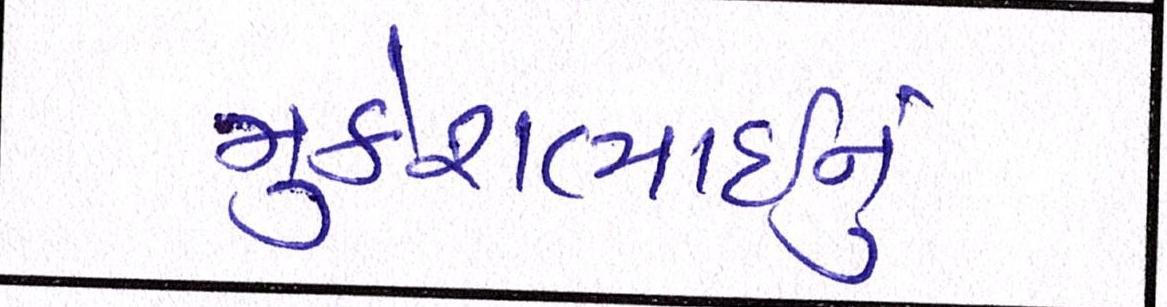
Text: મુકેશભાઈનું